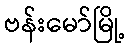
ဗန်းမော်မြို့